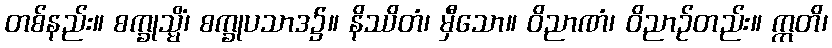
တစ်နည်း။ စက္ခုသ္မိံ၊ စက္ခုပသာဒ၌။ နိဿိတံ၊ မှီသော။ ဝိညာဏံ၊ ဝိညာဉ်တည်း။ ဣတိ၊